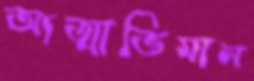
আত্মাভিমান